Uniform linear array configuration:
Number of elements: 64
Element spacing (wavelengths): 1
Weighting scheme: uniform
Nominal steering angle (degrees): -15
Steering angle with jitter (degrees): -15.828
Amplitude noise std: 0.05
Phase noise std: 0.05

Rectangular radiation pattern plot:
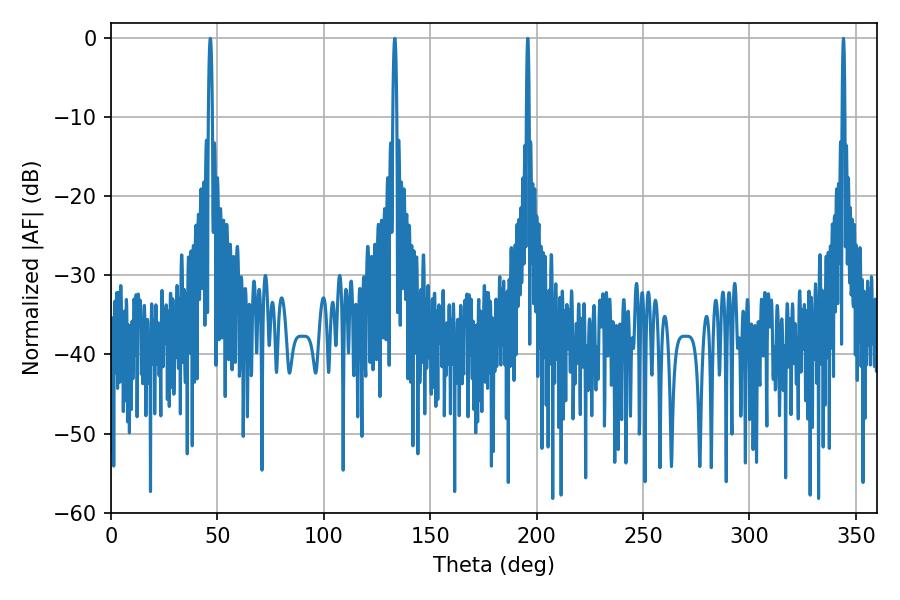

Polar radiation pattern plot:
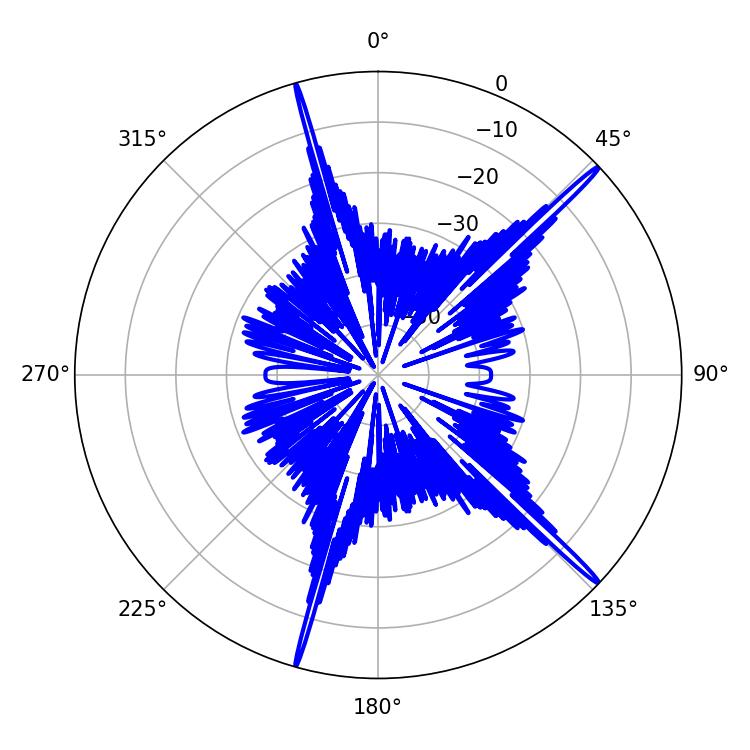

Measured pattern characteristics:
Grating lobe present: TRUE
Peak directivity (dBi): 19.182
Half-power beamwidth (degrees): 0.72
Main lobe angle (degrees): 344.16